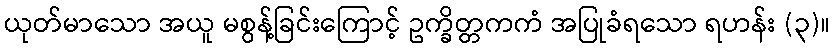
ယုတ်မာသော အယူ မစွန့်ခြင်းကြောင့် ဥက္ခိတ္တကကံ အပြုခံရသော ရဟန်း (၃)။